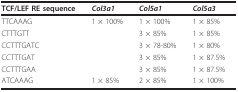
<table><thead><tr><td><b>TCF/LEF RE sequence</b></td><td><b><i>Col3a1</i></b></td><td><b><i>Col5a1</i></b></td><td><b><i>Col5a3</i></b></td></tr></thead><tbody><tr><td>TTCAAAG</td><td>1 × 100%</td><td>1 × 100%</td><td>1 × 85%</td></tr><tr><td>CTTTGTT</td><td></td><td>3 × 85%</td><td>1 × 85%</td></tr><tr><td>CCTTTGATC</td><td></td><td>3 × 78-80%</td><td>1 × 80%</td></tr><tr><td>CCTTTGAT</td><td></td><td>3 × 85%</td><td>1 × 87.5%</td></tr><tr><td>CCTTTGAA</td><td></td><td>3 × 85%</td><td>1 × 87.5%</td></tr><tr><td>ATCAAAG</td><td>1 × 85%</td><td>2 × 85%</td><td>1 × 100%</td></tr></tbody></table>